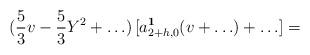
LaTeX: \begin{align*} (\frac{5}{3}v -\frac{5}{3} Y^2+ \ldots )\, [a^{\bf 1}_{2+h,0}(v+\ldots) + \ldots] =\end{align*}